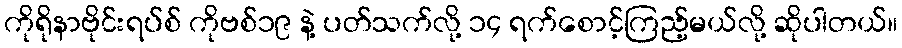
ကိုရိုနာဗိုင်းရပ်စ် ကိုဗစ်၁၉ နဲ့ ပတ်သက်လို့ ၁၄ ရက်စောင့်ကြည့်မယ်လို့ ဆိုပါတယ်။